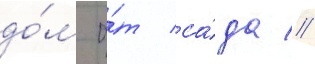
до́м о́т са́да //